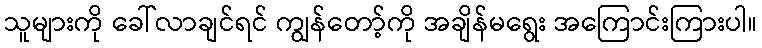
သူများကို ခေါ်လာချင်ရင် ကျွန်တော့်ကို အချိန်မရွေး အကြောင်းကြားပါ။